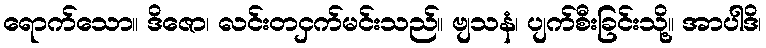
ရောက်သော။ ဒိဇော၊ လင်းတငှက်မင်းသည်။ ဗျသနံ၊ ပျက်စီးခြင်းသို့။ အာပါဒိ၊